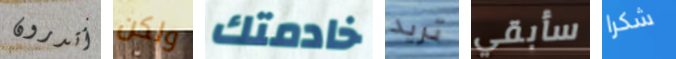
أتدرون ولكن خادمتك تريد سأبقي شكرا